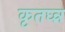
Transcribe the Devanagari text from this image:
कृतघ्न्न